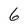
Character: 6